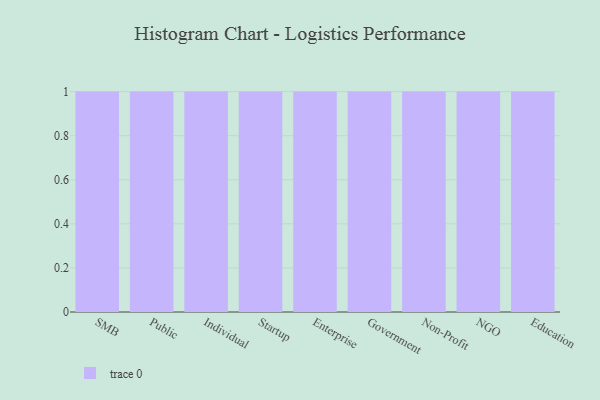
{"axis": {"x": "Segment", "y": "Active Users"}, "legend": [""], "data": [{"x": "SMB", "y": 34, "type": ""}, {"x": "Public", "y": 52, "type": ""}, {"x": "Individual", "y": 45, "type": ""}, {"x": "Startup", "y": 77, "type": ""}, {"x": "Enterprise", "y": 30, "type": ""}, {"x": "Government", "y": 42, "type": ""}, {"x": "Non-Profit", "y": 17, "type": ""}, {"x": "NGO", "y": 18, "type": ""}, {"x": "Education", "y": 64, "type": ""}]}